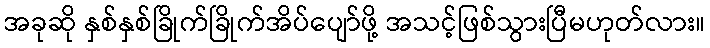
အခုဆို နှစ်နှစ်ခြိုက်ခြိုက်အိပ်ပျော်ဖို့ အသင့်ဖြစ်သွားပြီမဟုတ်လား။